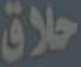
حلاق